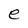
Character: e